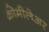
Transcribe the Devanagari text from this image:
क्रीमीलेअर